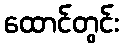
ထောင်တွင်း